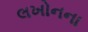
લખોનના